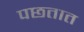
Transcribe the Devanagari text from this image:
पछतात